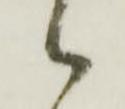
御